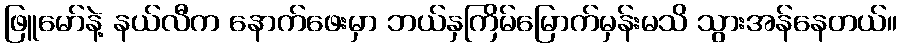
ဖြူမော်နဲ့ နယ်လီက နောက်ဖေးမှာ ဘယ်နှကြိမ်မြောက်မှန်းမသိ သွားအန်နေတယ်။